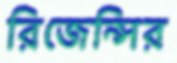
রিজেন্সির